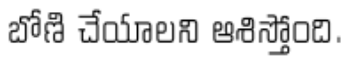
బోణి చేయాలని ఆశిస్తోంది.